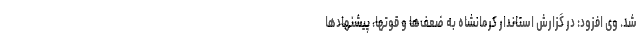
شد. وی افزود: در گزارش استاندار کرمانشاه به ضعف‌ها و قوتها، پیشنهادها